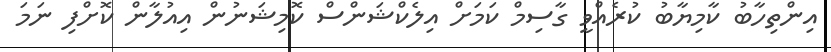
އިންތިހާބު ކާމިޔާބު ކުރެއްވީ ގާސިމް ކަމަށް އިލެކްޝަންސް ކޮމިޝަނުން އިއުލާން ކޮށްފި ނަމަ